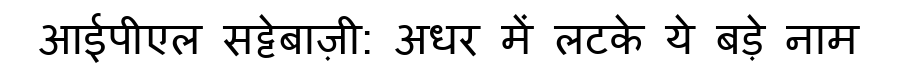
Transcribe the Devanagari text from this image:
आईपीएल सट्टेबाज़ी: अधर में लटके ये बड़े नाम